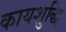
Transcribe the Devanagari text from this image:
कायशुद्धि